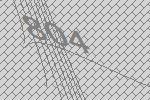
804